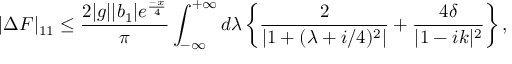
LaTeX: | \Delta F | _ { 1 1 } \leq \frac { 2 | g | | b _ { 1 } | e ^ { \frac { - x } { 4 } } } { \pi } \int _ { - \infty } ^ { + \infty } d \lambda \left\{ \frac { 2 } { | 1 + ( \lambda + i / 4 ) ^ { 2 } | } + \frac { 4 \delta } { | 1 - i k | ^ { 2 } } \right\} ,